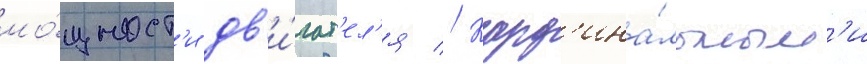
мо́щност'и дв'и́гат'ел'я // Кард'ина́льным'и